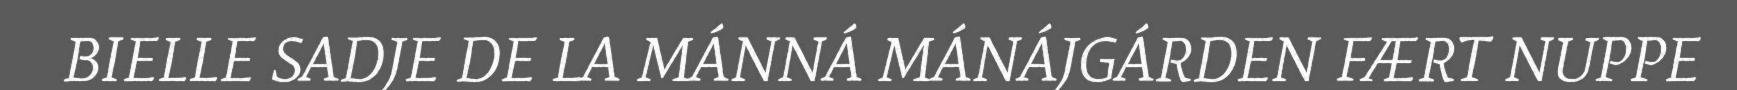
BIELLE SADJE DE LA MÁNNÁ MÁNÁJGÁRDEN FÆRT NUPPE